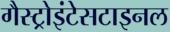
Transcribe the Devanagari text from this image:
गैस्ट्रोइंटेसटाइनल